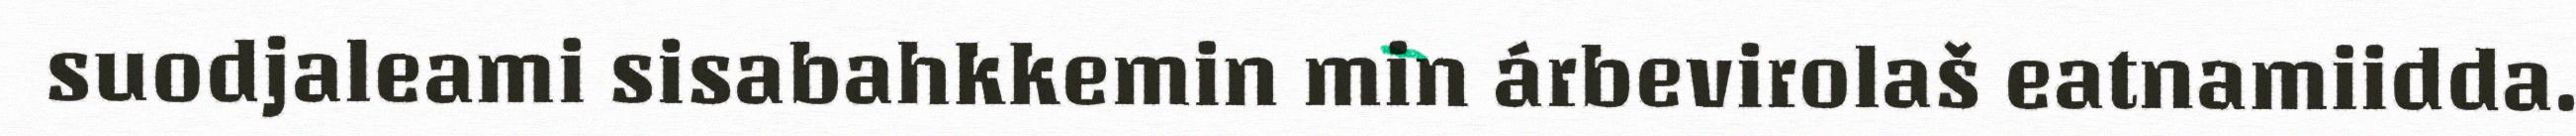
suodjaleami sisabahkkemin min árbevirolaš eatnamiidda.